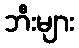
ဘီးများ